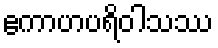
ဧကာဟပရိဝါသဿ